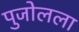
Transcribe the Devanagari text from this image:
पुजोलला